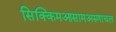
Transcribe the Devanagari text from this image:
सिक्किमआसामअरुणाचल